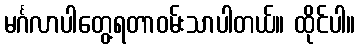
မင်္ဂလာပါတွေ့ရတာဝမ်းသာပါတယ်။ ထိုင်ပါ။